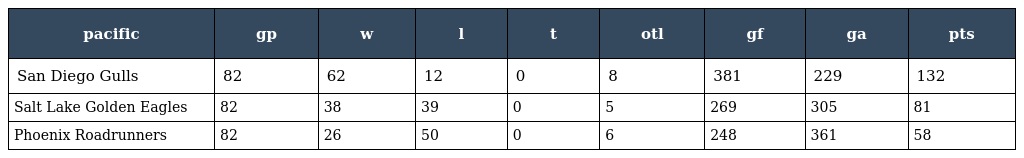
| pacific | gp | w | l | t | otl | gf | ga | pts |
 | --- | --- | --- | --- | --- | --- | --- | --- | --- |
 | San Diego Gulls | 82 | 62 | 12 | 0 | 8 | 381 | 229 | 132 |
 | Salt Lake Golden Eagles | 82 | 38 | 39 | 0 | 5 | 269 | 305 | 81 |
 | Phoenix Roadrunners | 82 | 26 | 50 | 0 | 6 | 248 | 361 | 58 |